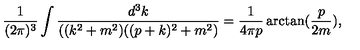
\frac { 1 } { ( 2 \pi ) ^ { 3 } } \int \frac { d ^ { 3 } k } { ( ( k ^ { 2 } + m ^ { 2 } ) ( ( p + k ) ^ { 2 } + m ^ { 2 } ) } = \frac { 1 } { 4 \pi p } \arctan ( \frac { p } { 2 m } ) ,